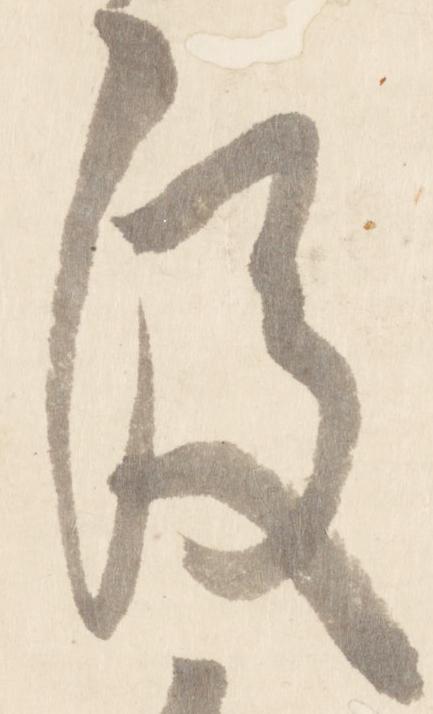
後